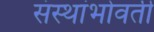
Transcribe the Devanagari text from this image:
संस्थांभोवती